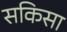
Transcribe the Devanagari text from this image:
सकिसा